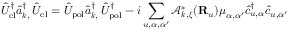
\hat { U } _ { \mathrm { e l } } ^ { \dagger } \hat { a } _ { { \boldsymbol k } , { \bf \xi } } ^ { \dagger } \hat { U } _ { \mathrm { e l } } = \hat { U } _ { \mathrm { p o l } } \hat { a } _ { { \boldsymbol k } , { \bf \xi } } ^ { \dagger } \hat { U } _ { \mathrm { p o l } } ^ { \dagger } - i \sum _ { u , \alpha , \alpha ^ { \prime } } \mathcal { A } _ { { \boldsymbol k } , { \boldsymbol \xi } } ^ { * } ( { \bf R } _ { u } ) { \boldsymbol \mu } _ { \alpha , \alpha ^ { \prime } } \hat { c } _ { u , \alpha } ^ { \dagger } \hat { c } _ { u , \alpha ^ { \prime } }